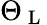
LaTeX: \Theta_{\mathrm{~L~}}